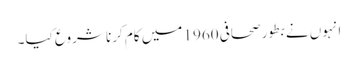
انہوں نے بطور صحافی 1960 میں کام کرنا شروع کیا۔